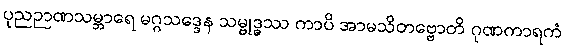
ပုညဉာဏသမ္ဘာရေ မဂ္ဂသဒ္ဒေန သမ္ဗုဒ္ဓဿ ကာပိ အာမသိတဗ္ဗောတိ ဂုဏကာရကံ